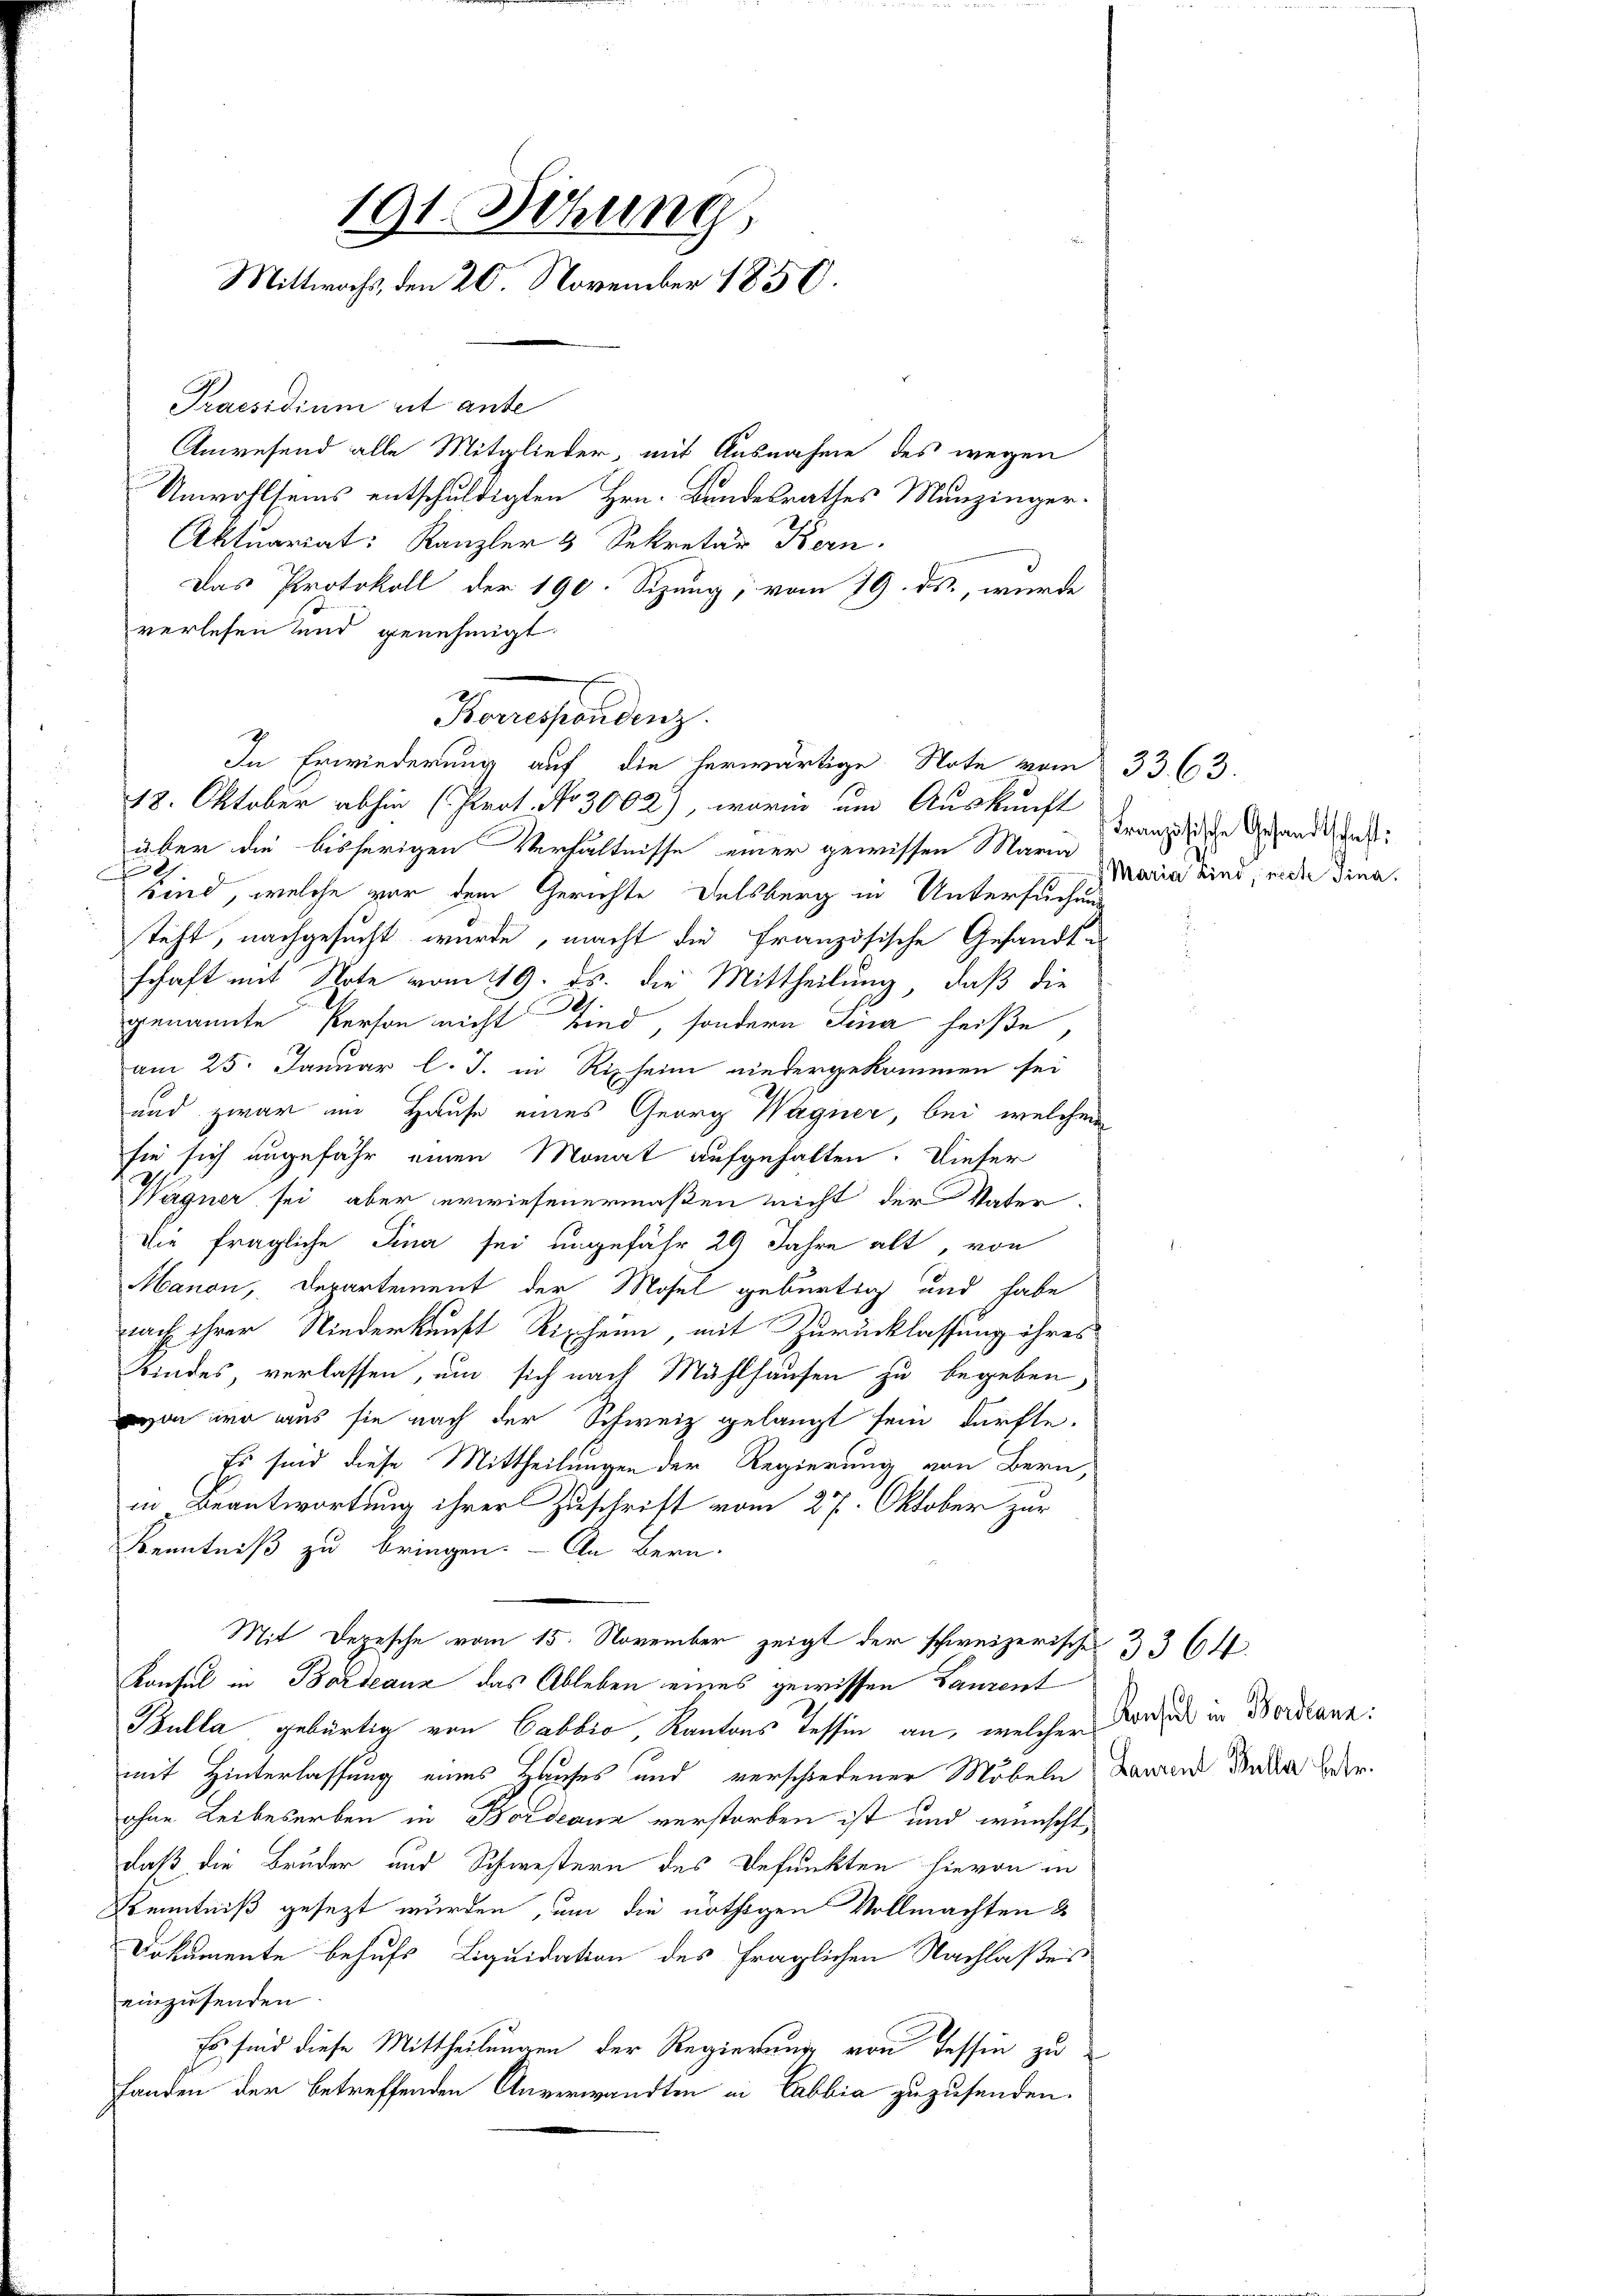
191. Dehung
Mittwochs, den 20. November 1850.

Praesidium et ante
Anwesend alle Mitglieder, mit Ausnahme des wegen
Unwohlseins entschuldigten Hrn. Bundesrathes Munzinger-
Aktuariat: Kanzler & Sekretär Bern.
Das Protokoll der 190. Sizung, vom 19. ds., wurde
verlesen und genehmigt.
Korrespondenz.
In Erwiederung auf die herwärtige Note vom 833. 63.
18. Oktober abhin (Prot. No 3002), worin um Auskunft
über die bisherigen Verhältnisse einer gewissen Maria
e
Kind, welche vor dem Gerichte Delsberg in Untersuchung
teht, nachgesucht wurde, macht die Französische Gesandte
schaft mit Note vom 19. ds. die Mittheilung, daß die
I.
genannte Person nicht sind, sondern Sina heiße,
am 25. Januar l. J. in Rieheim niedergekommen sei
und zwar im Hause eines Georg Wagner, bei welchem
sie sich angefähr einen Monat aufgehalten. Dieser
Wagner sei aber erwiesenermaßen nicht der Vater-
Die fragliche Sina sei ungefähr 29 Jahre alt, von
Manon, Departement der Mosel gebürtig und habe
nach ihrer Niederkunft Ripheim, mit Zurücklassung ihres
Kindes, verlassen, um sich nach Mühlhausen zu begeben,
von wo aus sie nach der Schweiz gelangt sein dürfte.
Es sind diese Mittheilungen der Regierung von Bern,
in Beantwortung ihrer Zuschrift vom 27. Oktober zur
Kenntniß zu bringen. — An Bern,
Mit Depesche vom 15. November zeigt der schweizerische § 364.
Konsul in Bordeaux das Ableben eines gewissen Ganzent
Bulla gebürtig von Cabbio, Kantons Tessin an, welcher Konsul in Bordankmit Hinterlassung eines Hauses und verschiedener Möbeln Bewand daher oder
ohne Leibeserben in Bordeaux verstorben ist und wünscht,
daß die Bruder und Schwestern des Befunkten hievon in
Kenntniß gesezt wurden, um die nöthigen Vollmachten &
Dokumente behufs Liquidation des fraglichen Nachlaßes
einzusenden
Es sind diese Mittheilungen der Regierung von Tessin zu
fanden der betreffenden Anverwandten in Cabbia zuzusenden.

Französische Gesandtschaft:
Maria Kind, niche Fina